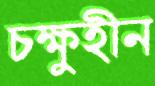
চক্ষুহীন